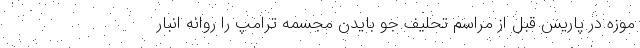
موزه در پاریس قبل از مراسم تحلیف جو بایدن مجسمه ترامپ را روانه انبار